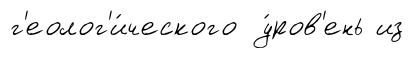
г'еолог'и́ческого у́ров'ень из